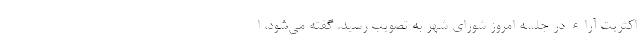
اکثریت آراء در جلسه امروز شورای شهر به تصویب رسید. گفته می‌شود، ا